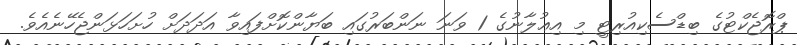
ޕްރޮޖެކްޓުގެ ބިޑްސެކިއުރިޓީ މި އިޢުލާނުގެ 1 ވަނަ ނަންބަރުގައި ބަޔާންކޮށްފައިވާ އަދަދަށް ހުށަހަޅަންޖެހޭނެއެވެ.